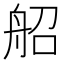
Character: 𦨣